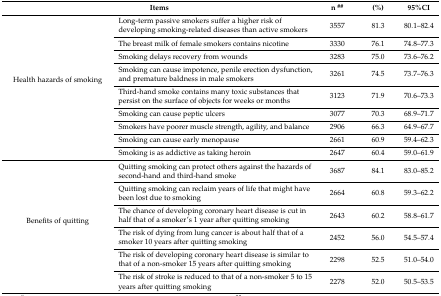
<table><thead><tr><td colspan="2"><b>Items</b></td><td><b>n <sup>##</sup></b></td><td><b>(%)</b></td><td><b>95%CI</b></td></tr></thead><tbody><tr><td rowspan="9">Health hazards of smoking</td><td>Long-term passive smokers suffer a higher risk of developing smoking-related diseases than active smokers</td><td>3557</td><td>81.3</td><td>80.1–82.4</td></tr><tr><td>The breast milk of female smokers contains nicotine</td><td>3330</td><td>76.1</td><td>74.8–77.3</td></tr><tr><td>Smoking delays recovery from wounds </td><td>3283</td><td>75.0</td><td>73.6–76.2</td></tr><tr><td>Smoking can cause impotence, penile erection dysfunction, and premature baldness in male smokers</td><td>3261</td><td>74.5</td><td>73.7–76.3</td></tr><tr><td>Third-hand smoke contains many toxic substances that persist on the surface of objects for weeks or months</td><td>3123</td><td>71.9</td><td>70.6–73.3</td></tr><tr><td>Smoking can cause peptic ulcers</td><td>3077</td><td>70.3</td><td>68.9–71.7</td></tr><tr><td>Smokers have poorer muscle strength, agility, and balance</td><td>2906</td><td>66.3</td><td>64.9–67.7</td></tr><tr><td>Smoking can cause early menopause</td><td>2661</td><td>60.9</td><td>59.4–62.3</td></tr><tr><td>Smoking is as addictive as taking heroin </td><td>2647</td><td>60.4</td><td>59.0–61.9</td></tr><tr><td rowspan="6">Benefits of quitting</td><td>Quitting smoking can protect others against the hazards of second-hand and third-hand smoke</td><td>3687</td><td>84.1</td><td>83.0–85.2</td></tr><tr><td>Quitting smoking can reclaim years of life that might have been lost due to smoking</td><td>2664</td><td>60.8</td><td>59.3–62.2</td></tr><tr><td>The chance of developing coronary heart disease is cut in half that of a smoker’s 1 year after quitting smoking</td><td>2643</td><td>60.2</td><td>58.8–61.7</td></tr><tr><td>The risk of dying from lung cancer is about half that of a smoker 10 years after quitting smoking</td><td>2452</td><td>56.0</td><td>54.5–57.4</td></tr><tr><td>The risk of developing coronary heart disease is similar to that of a non-smoker 15 years after quitting smoking </td><td>2298</td><td>52.5</td><td>51.0–54.0</td></tr><tr><td>The risk of stroke is reduced to that of a non-smoker 5 to 15 years after quitting smoking </td><td>2278</td><td>52.0</td><td>50.5–53.5</td></tr></tbody></table>